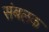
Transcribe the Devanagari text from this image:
संबलक